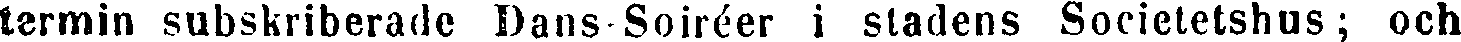
termin subskriberade Dans-Soiréer i städens Societetshus; och